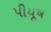
પીયૂષ